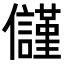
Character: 𭀑